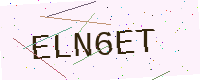
Text: ELN6ET